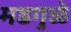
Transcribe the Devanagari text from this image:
मडगुळे